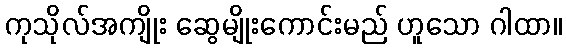
ကုသိုလ်အကျိုး ဆွေမျိုးကောင်းမည် ဟူသော ဂါထာ။